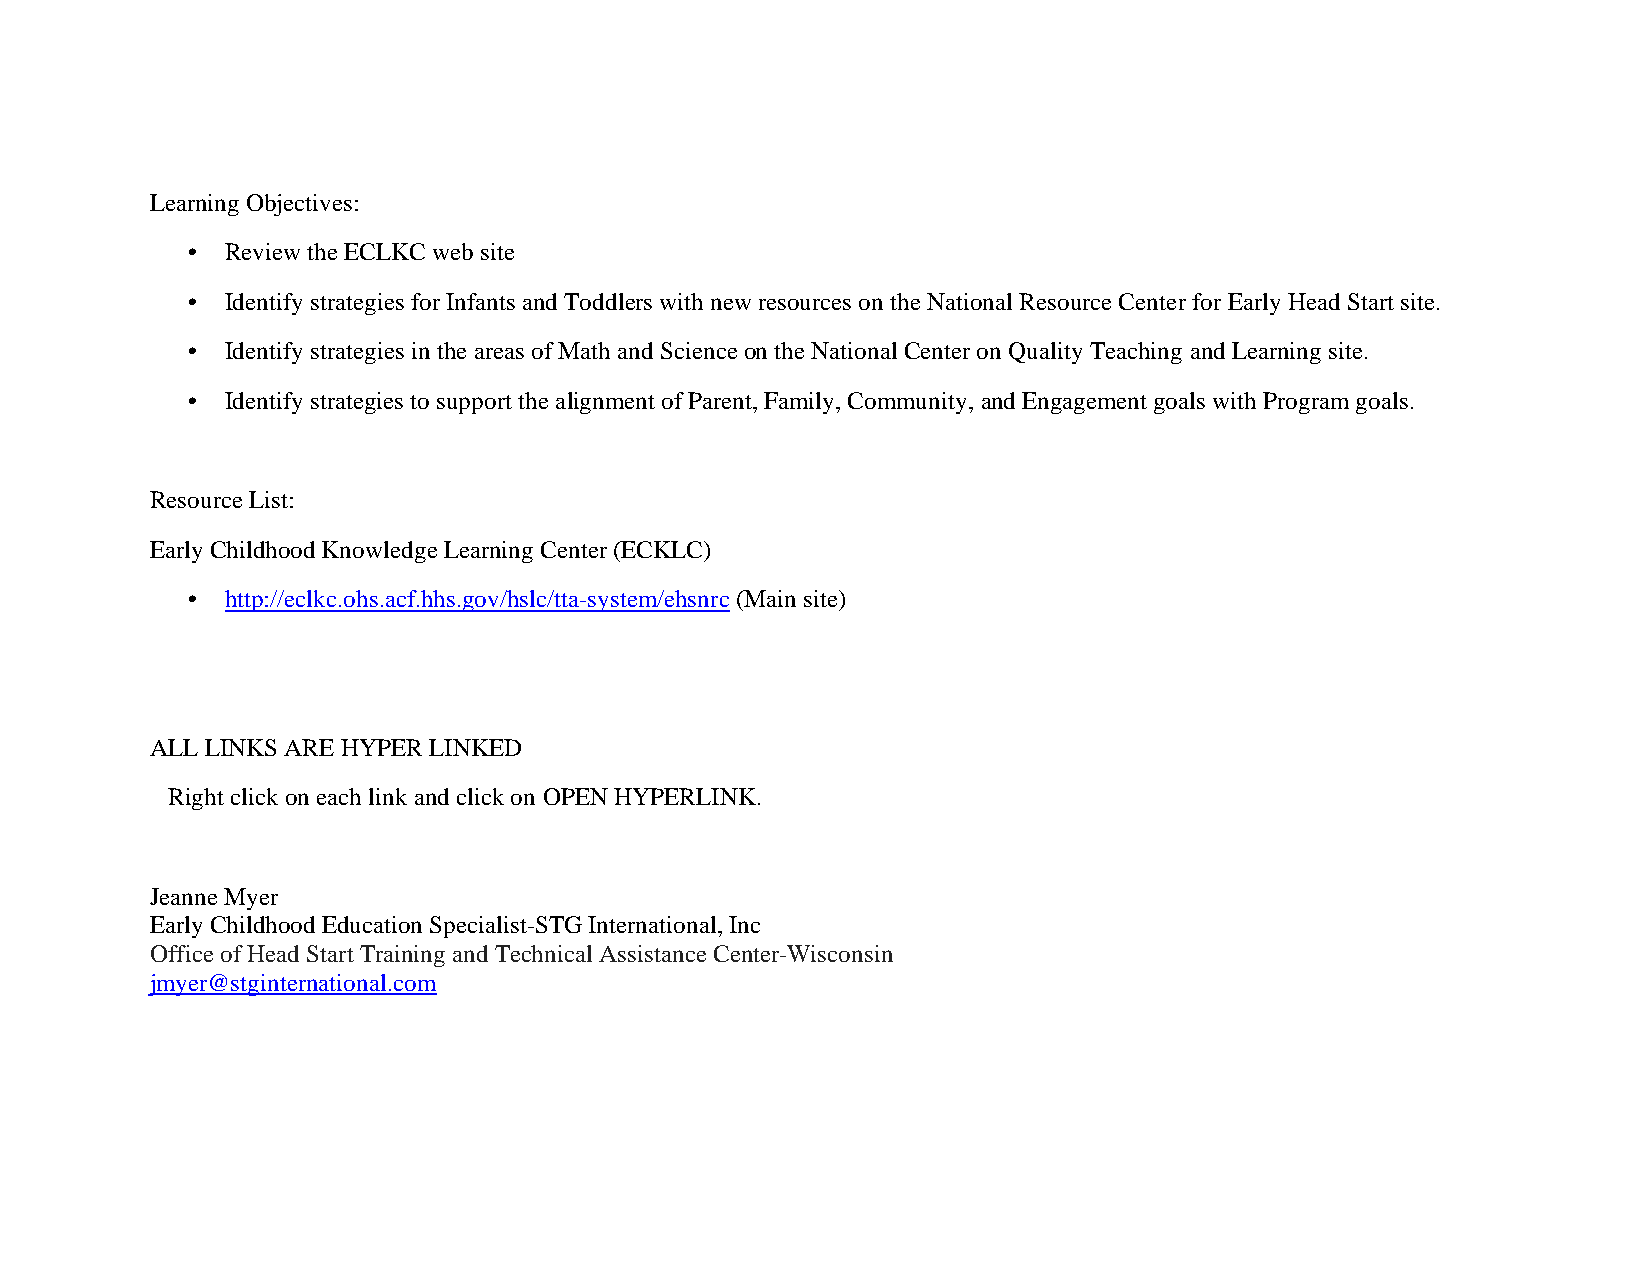
Learning Objectives:
 •  Review the ECLKC web site
 •  Identify strategies for Infants and Toddlers with new resources on the National Resource Center for Early Head Start site.
 •  Identify strategies in the areas of Math and Science on the National Center on Quality Teaching and Learning site.
 •  Identify strategies to support the alignment of Parent, Family, Community, and Engagement goals with Program goals.
 Resource List:
 Early Childhood Knowledge Learning Center (ECKLC)
 •  http://eclkc.ohs.acf.hhs.gov/hslc/tta-system/ehsnrc (Main site)
 ALL LINKS ARE HYPER LINKED
 Right click on each link and click on OPEN HYPERLINK.
 Jeanne Myer
 Early Childhood Education Specialist-STG International, Inc
 Office of Head Start Training and Technical Assistance Center-Wisconsin
 jmyer@stginternational.com